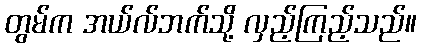
တွမ်က အယ်လ်ဘက်သို့ လှည့်ကြည့်သည်။